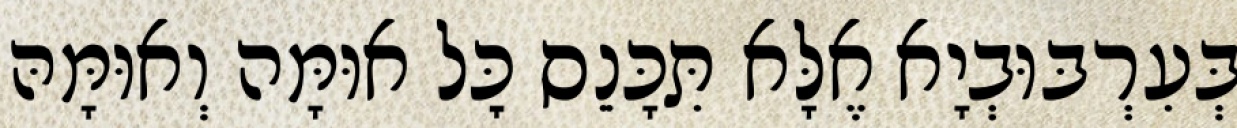
בְּעִרְבּוּבְיָא אֶלָּא תִּכָּנֵס כׇּל אוּמָּה וְאוּמָּהּ